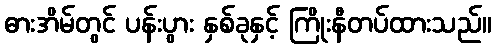
ဓားအိမ်တွင် ပန်းပွား နှစ်ခုနှင့် ကြိုးနီတပ်ထားသည်။